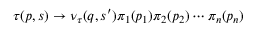
\tau ( p , s ) \to \nu _ { \tau } ( q , s ^ { \prime } ) \pi _ { 1 } ( p _ { 1 } ) \pi _ { 2 } ( p _ { 2 } ) \cdots \pi _ { n } ( p _ { n } )